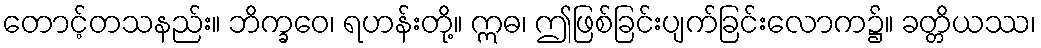
တောင့်တသနည်း။ ဘိက္ခဝေ၊ ရဟန်းတို့။ ဣဓ၊ ဤဖြစ်ခြင်းပျက်ခြင်းလောက၌။ ခတ္တိယဿ၊